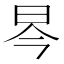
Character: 𱡻